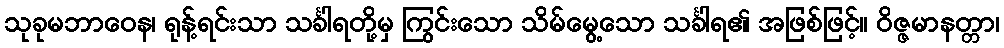
သုခုမဘာဝေန၊ ရုန့်ရင်းသာ သင်္ခါရတို့မှ ကြွင်းသော သိမ်မွေ့သော သင်္ခါရ၏ အဖြစ်ဖြင့်။ ဝိဇ္ဇမာနတ္တာ၊